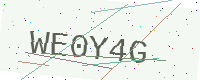
Text: WE0Y4G